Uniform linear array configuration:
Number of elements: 4
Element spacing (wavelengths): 0.25
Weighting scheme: hann
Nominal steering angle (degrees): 30
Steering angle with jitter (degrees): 29.605
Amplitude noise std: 0.05
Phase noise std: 0.05

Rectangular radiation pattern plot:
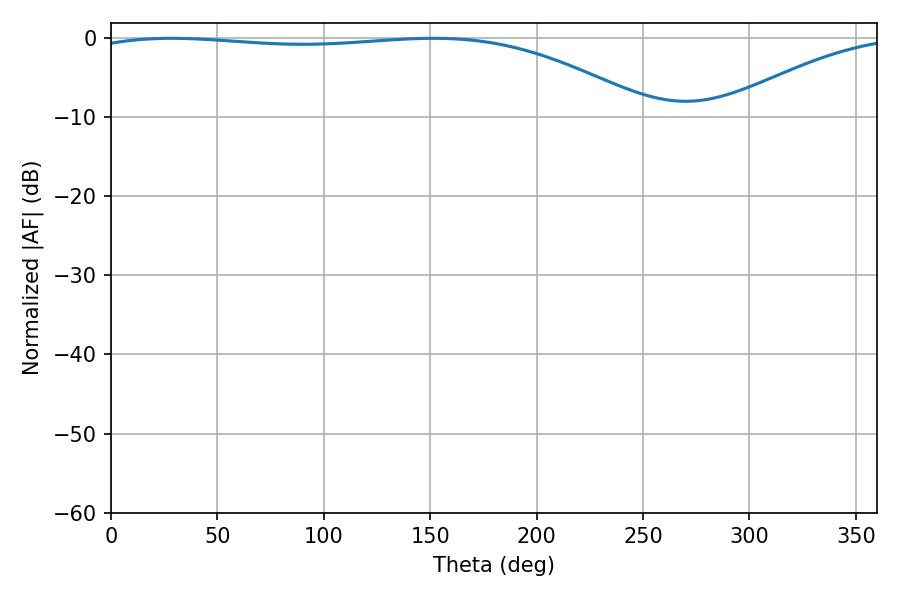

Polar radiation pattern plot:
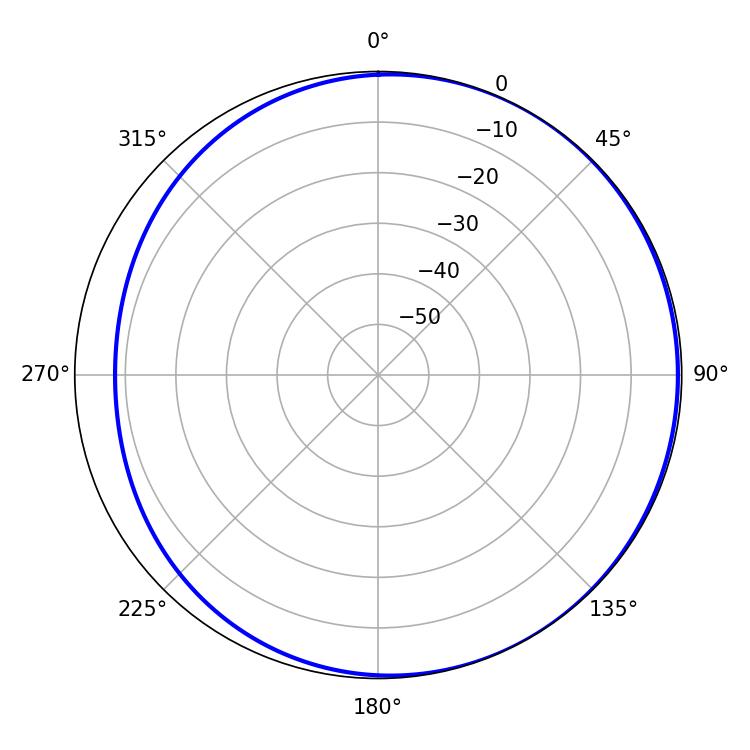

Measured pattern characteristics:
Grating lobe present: FALSE
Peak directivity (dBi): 2.174
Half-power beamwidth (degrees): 211.5
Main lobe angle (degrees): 28.44